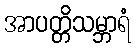
အာပတ္တိသမ္ဘာရံ